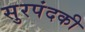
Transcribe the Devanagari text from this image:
सुरपंदकी